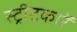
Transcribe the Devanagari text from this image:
स्ट्रीटकारें